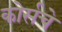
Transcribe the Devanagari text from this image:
कोर्सचे